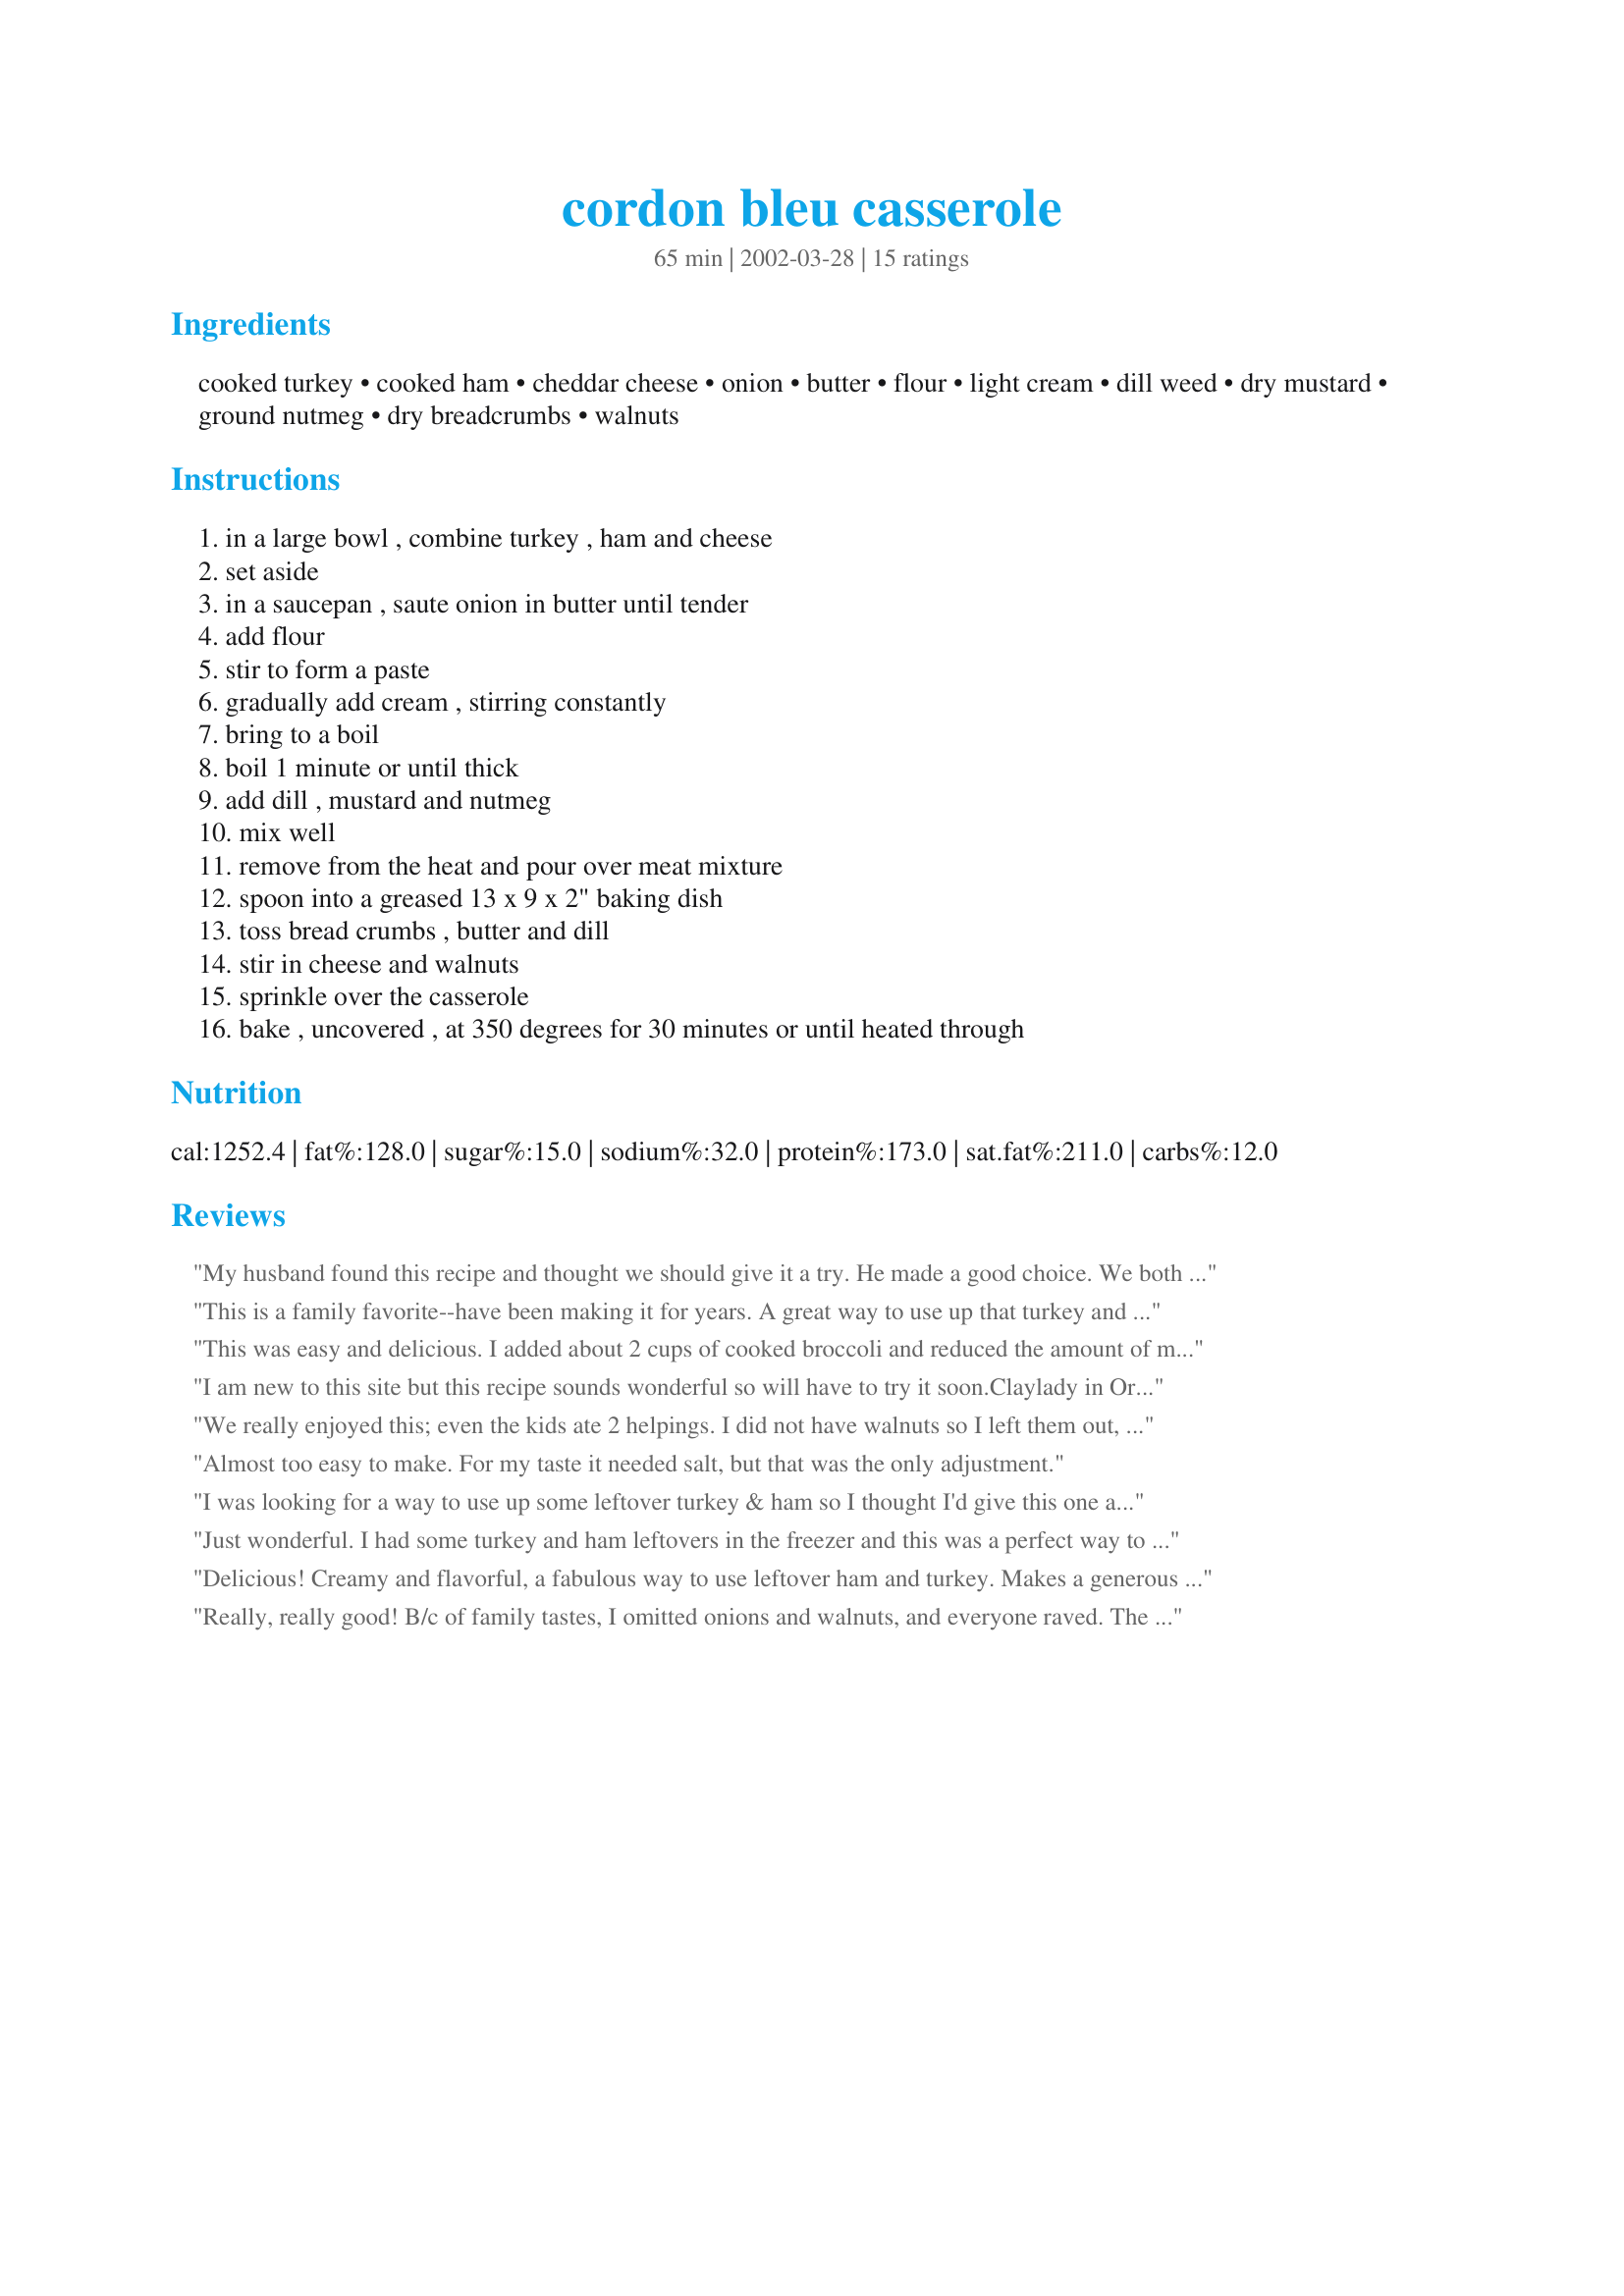
cordon bleu casserole
Preparation time: 65 minutes

Ingredients:
cooked turkey, cooked ham, cheddar cheese, onion, butter, flour, light cream, dill weed, dry mustard, ground nutmeg, dry breadcrumbs, walnuts

Steps:
in a large bowl , combine turkey , ham and cheese, set aside, in a saucepan , saute onion in butter until tender, add flour, stir to form a paste, gradually add cream , stirring constantly, bring to a boil, boil 1 minute or until thick, add dill , mustard and nutmeg, mix well, remove from the heat and pour over meat mixture, spoon into a greased 13 x 9 x 2" baking dish, toss bread crumbs , butter and dill, stir in cheese and walnuts, sprinkle over the casserole, bake , uncovered , at 350 degrees for 30 minutes or until heated through

Reviews:
My husband found this recipe and thought we should give it a try. He made a good choice. We both liked the flavor of the combined turkey/ham . We also enjoyed the flavor of the dill seasoning. Made a very creamy sauce and crunchy bread crumb topping. This is a perfect casserole for left-overs too. Thanks Nurse Di.
This is a family favorite--have been making it for years. A great way to use up that turkey and ham too. What I love best is the subtle dill flavor that is imparted.
This was easy and delicious. I added about 2 cups of cooked broccoli and reduced the amount of meat. I also used onion powder instead of onions and sprinkled a small can of fried onions on the top before adding the bread crumbs. Left out the walnuts. I think next time I would add a little salt to the sauce, but other than that it was super!
I am new to this site but this recipe sounds wonderful so will have to try it soon.Claylady in Oregon
We really enjoyed this; even the kids ate 2 helpings. I did not have walnuts so I left them out, but I think I will include them next time. I used swiss cheese in the casserole, but cheddar for the topping. I halved the recipe and it made an oval sized casserole dish. Thanks for posting!
Almost too easy to make. For my taste it needed salt, but that was the only adjustment.
I was looking for a way to use up some leftover turkey & ham so I thought I'd give this one a try. To mimic the cordon bleu flavor more closely, I used swiss cheese in place of the cheddar. I used skim milk instead of cream to lighten it up a bit and as suggested by another reviewer, I cut back on the breadcrumbs by about half. This tasted just like chicken cordon bleu without all the fuss. Will definitely 'make again' the next time I have Christmas leftovers to use up.
Just wonderful. I had some turkey and ham leftovers in the freezer and this was a perfect way to use them up. The sauce was rich, creamy and well seasoned. The nutty-cheese topping enhanced this dish. Thanks so much :)
Delicious! Creamy and flavorful, a fabulous way to use leftover ham and turkey. Makes a generous amount. Made a lovely meal with a green salad, bread and fruit. Thanks so much, NurseDi, for a great recipe!
Really, really good! B/c of family tastes, I omitted onions and walnuts, and everyone raved. The only suggestion was to reduce bread crumb topping - 1 c is a lot! Leftovers (there wasn't much!) were even better the next day. Next time, I want to dot the top with cranberry sauce before adding crumb topping. Definitely a keeper recipe.
This is an easy, flavorful dish great for using up those turkey LO's. My family thoroughly enjoyed it. I left out the "topping" and just added a thick layer of cheese. I put it under the broiler for 7 minutes until it was bubbling and starting to brown! YUMMY!
Great recipe! I made it into 2 dishes so I froze one for another day. I didn't use the walnuts and next time I think I may try crushed butter crackers or some crushed croutons. :)
This was wonderful and such a great way to use up the last of that Christmas turkey and ham. We loved it. I made this last night for company, exactly as written, except I didn't have any walnuts, (substituted pecans) and everyone agreed this was definitely a 5 star recipe. Thanks so much Di.
It was decent - not super good. I did have to skip the ham though, because it smelled funny. Also, I didn't have half and half or light cream, so I used milk and sour cream. I also skipped the walnuts. I used crushed croutons as the topping and they had so much herb flavor, that I skipped the dill. If I were to make this again, I would substitute the dill for lots of fresh ground black pepper. If you're not used to eating dill, like us, that would be more suitable, I think.
This was really yummy! I halved the recipe, used thyme & tarragon instead of dill, and used all my leftover half & half, heavy cream, and evap milk to get 1 cup. I used dijon mustard instead of dry mustard and potato flakes for breadcrumbs since my husband is GF. It was really, really yummy!
